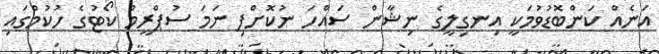
އަނެއް ކަންބޮޑުވުމަކީ އިނގިލީގެ ނިޝާން ސައްހަ ނުކޮށްފި ނަމަ ސުޕްރީމް ކޯޓުގެ ހުކުމްގައި